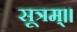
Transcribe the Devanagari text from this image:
सूत्रम्॥